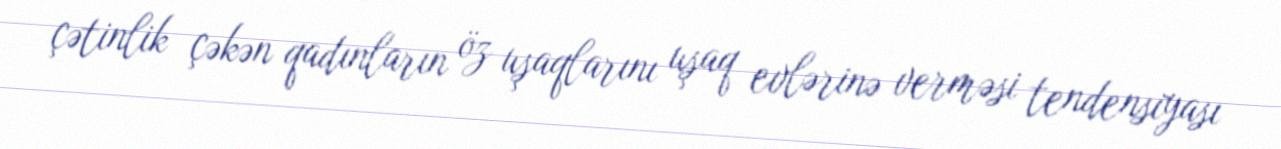
çətinlik çəkən qadınların öz uşaqlarını uşaq evlərinə verməsi tendensiyası